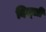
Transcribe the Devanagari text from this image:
दिल्‌ली